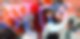
মাতে